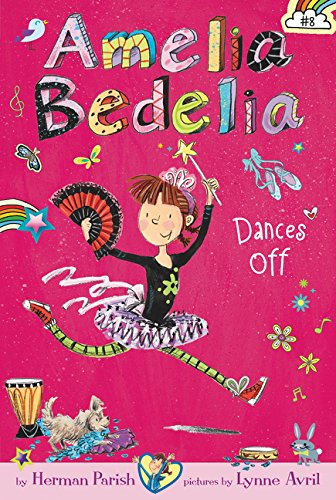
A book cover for Amelia Bedelia Chapter Book #8: Amelia Bedelia Dances Off; Herman Parish; Children's Books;